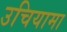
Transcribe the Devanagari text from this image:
उचियामा